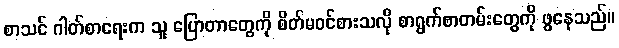
စာသင် ဂါတ်စာရေးက သူ ပြောတာတွေကို စိတ်မဝင်စားသလို စာရွက်စာတမ်းတွေကို ဖွနေသည်။